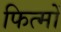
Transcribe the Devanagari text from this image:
फित्मों